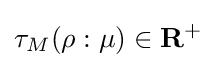
\tau _{M}(\rho :\mu )\in \mathbf {R} ^{+}